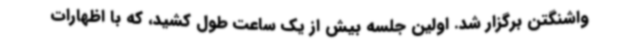
واشنگتن برگزار شد. اولین جلسه بیش از یک ساعت طول کشید، که با اظهارات